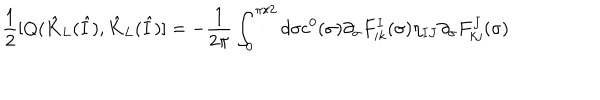
\frac { 1 } { 2 } [ Q ( \hat { K } _ { L } ( \hat { I } ) , \hat { K } _ { L } ( \hat { I } ) ] = - \frac { 1 } { 2 \pi } \int _ { 0 } ^ { \pi / 2 } d \sigma c ^ { 0 } ( \sigma ) \partial _ { \sigma } F _ { i k } ^ { I } ( \sigma ) \eta _ { I J } \partial _ { \sigma } F _ { k j } ^ { J } ( \sigma )